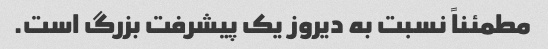
مطمئناً نسبت به دیروز یک پیشرفت بزرگ است.